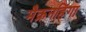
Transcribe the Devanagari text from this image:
मैक्रनहिंगा